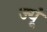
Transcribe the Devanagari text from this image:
ज्यूं